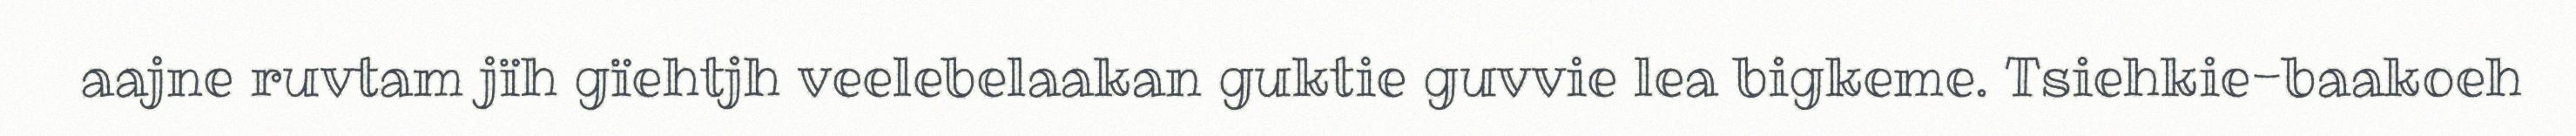
aajne ruvtam jïh gïehtjh veelebelaakan guktie guvvie lea bigkeme. Tsiehkie-baakoeh